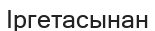
Іргетасынан